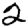
Digit: 2